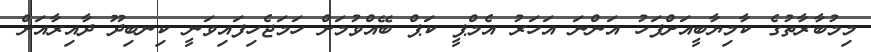
މިމުބާރާތުގެ ކާމިޔާބީއަށްފަހު އަންނަ އަހަރު އެމްޕީ ކަޕް ބޭއްވުމަށް ހަމަޖެހިފައިވަނީ ކިނބިދޫ ދާއިރާއަށް